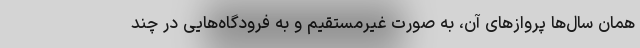
همان سال‌ها پروازهای آن، به صورت غیرمستقیم و به فرودگاه‌هایی در چند